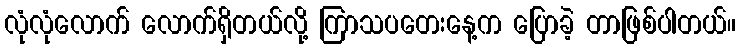
လုံလုံလောက် လောက်ရှိတယ်လို့ ကြာသပတေးနေ့က ပြောခဲ့ တာဖြစ်ပါတယ်။